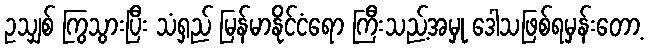
ဥသျှစ် ကြွသွားပြီး သံရှည် မြန်မာနိုင်ငံရော ကြီးသည့်အမှု ဒေါသဖြစ်ရမှန်းတော့